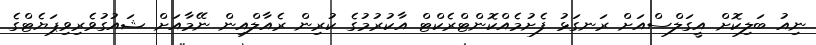
ނިއު ބަލިކޮށް އީގަލްސްއަށް ރަނގަޅު ފެށުމެއްކޮންޓްރެކްޓް އާކުރުމުގެ ކުރިން ރެއާލްއިން ނޭމާއަށް ޝައުގުވެރިވިޕަޔެޓްގެ